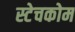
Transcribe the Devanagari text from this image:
स्टेचकोम